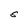
Character: S